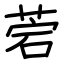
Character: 菪